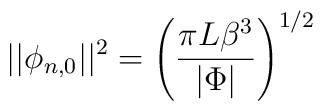
\vert\vert \phi_{n,0}\vert\vert^2=\left(\frac{\pi L\beta^3}{\vert\Phi\vert}\right)^{1/2}